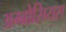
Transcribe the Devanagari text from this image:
अम्ब्रोसियस